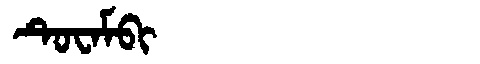
Manchu: ᡨᡠᠸᠠᠮᠪᡳ
Romanization: TUWAMBI